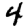
Digit: 4